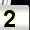
Digit: 2